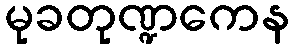
မုခတုဏ္ဍကေန